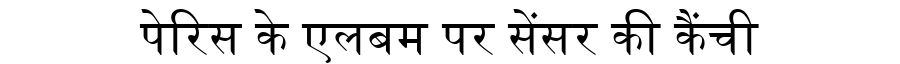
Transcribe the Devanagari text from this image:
पेरिस के एलबम पर सेंसर की कैंची